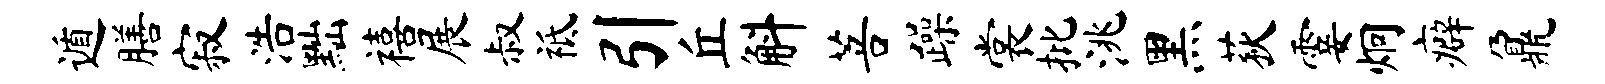
遁膳寂浩黜禧展叔祗引丘斛菩躁裳批洮黑荻霎炯癖鼐